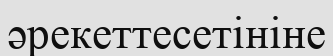
әрекеттесетініне